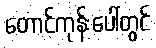
တောင်ကုန်းပေါ်တွင်